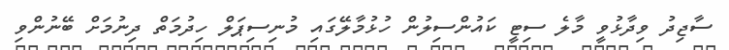
ސާޖިދު ވިދާޅުވީ މާލެ ސިޓީ ކައުންސިލުން ހުޅުމާލޭގައި މުނިސިޕަލް ހިދުމަތް ދިނުމަށް ބޭނުންވި